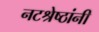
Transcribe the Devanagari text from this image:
नटश्रेष्ठांनी